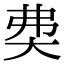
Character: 𡘉